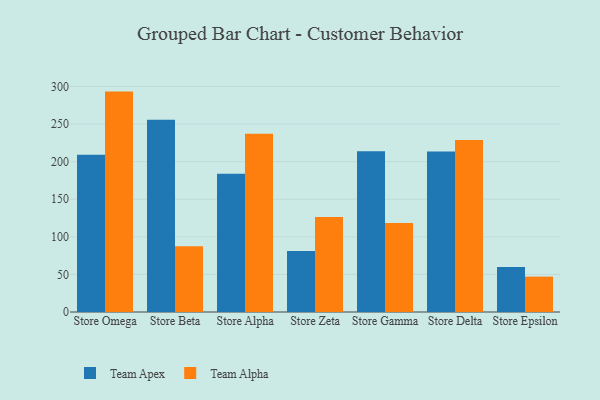
{"axis": {"x": "Store", "y": "Satisfaction Score"}, "legend": ["Team Alpha", "Team Apex"], "data": [{"x": "Store Omega", "y": 209.2, "type": "Team Apex"}, {"x": "Store Omega", "y": 293.2, "type": "Team Alpha"}, {"x": "Store Beta", "y": 255.8, "type": "Team Apex"}, {"x": "Store Beta", "y": 87.6, "type": "Team Alpha"}, {"x": "Store Alpha", "y": 183.8, "type": "Team Apex"}, {"x": "Store Alpha", "y": 237.2, "type": "Team Alpha"}, {"x": "Store Zeta", "y": 81.0, "type": "Team Apex"}, {"x": "Store Zeta", "y": 126.4, "type": "Team Alpha"}, {"x": "Store Gamma", "y": 214.0, "type": "Team Apex"}, {"x": "Store Gamma", "y": 118.5, "type": "Team Alpha"}, {"x": "Store Delta", "y": 213.4, "type": "Team Apex"}, {"x": "Store Delta", "y": 228.9, "type": "Team Alpha"}, {"x": "Store Epsilon", "y": 59.7, "type": "Team Apex"}, {"x": "Store Epsilon", "y": 47.1, "type": "Team Alpha"}]}